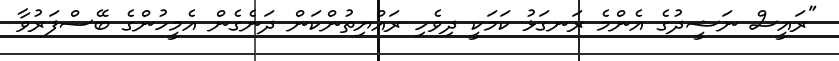
"ރައީސް ނަޝީދުގެ އެންމެ ރަނގަޅު ކަމަކީ ދިވެހި ރައްޔިތުންކަން ދަނެގެން އެމީހުންގެ ބޭސްފަރުވާ